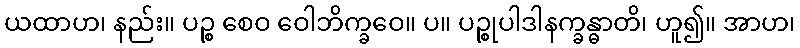
ယထာဟ၊ နည်း။ ပဉ္စ စေဝ ဝေါဘိက္ခဝေ။ ပ။ ပဉ္စုပါဒါနက္ခန္ဓာတိ၊ ဟူ၍။ အာဟ၊